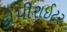
કોપીરાઈટર